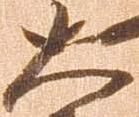
大